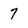
Character: 7